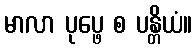
မာလာ ပုပ္ဖေ စ ပန္တိယံ။